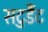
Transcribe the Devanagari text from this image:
सटुडैंट